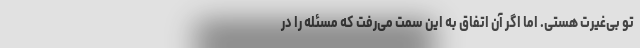
تو بی‌غیرت هستی. اما اگر آن اتفاق به این سمت می‌رفت که مسئله را در